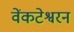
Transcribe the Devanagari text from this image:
वेंकटेश्वरन